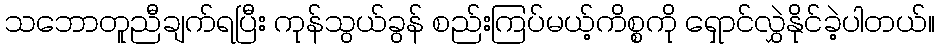
သဘောတူညီချက်ရပြီး ကုန်သွယ်ခွန် စည်းကြပ်မယ့်ကိစ္စကို ရှောင်လွှဲနိုင်ခဲ့ပါတယ်။